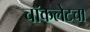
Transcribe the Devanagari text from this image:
चॉकलेटचा